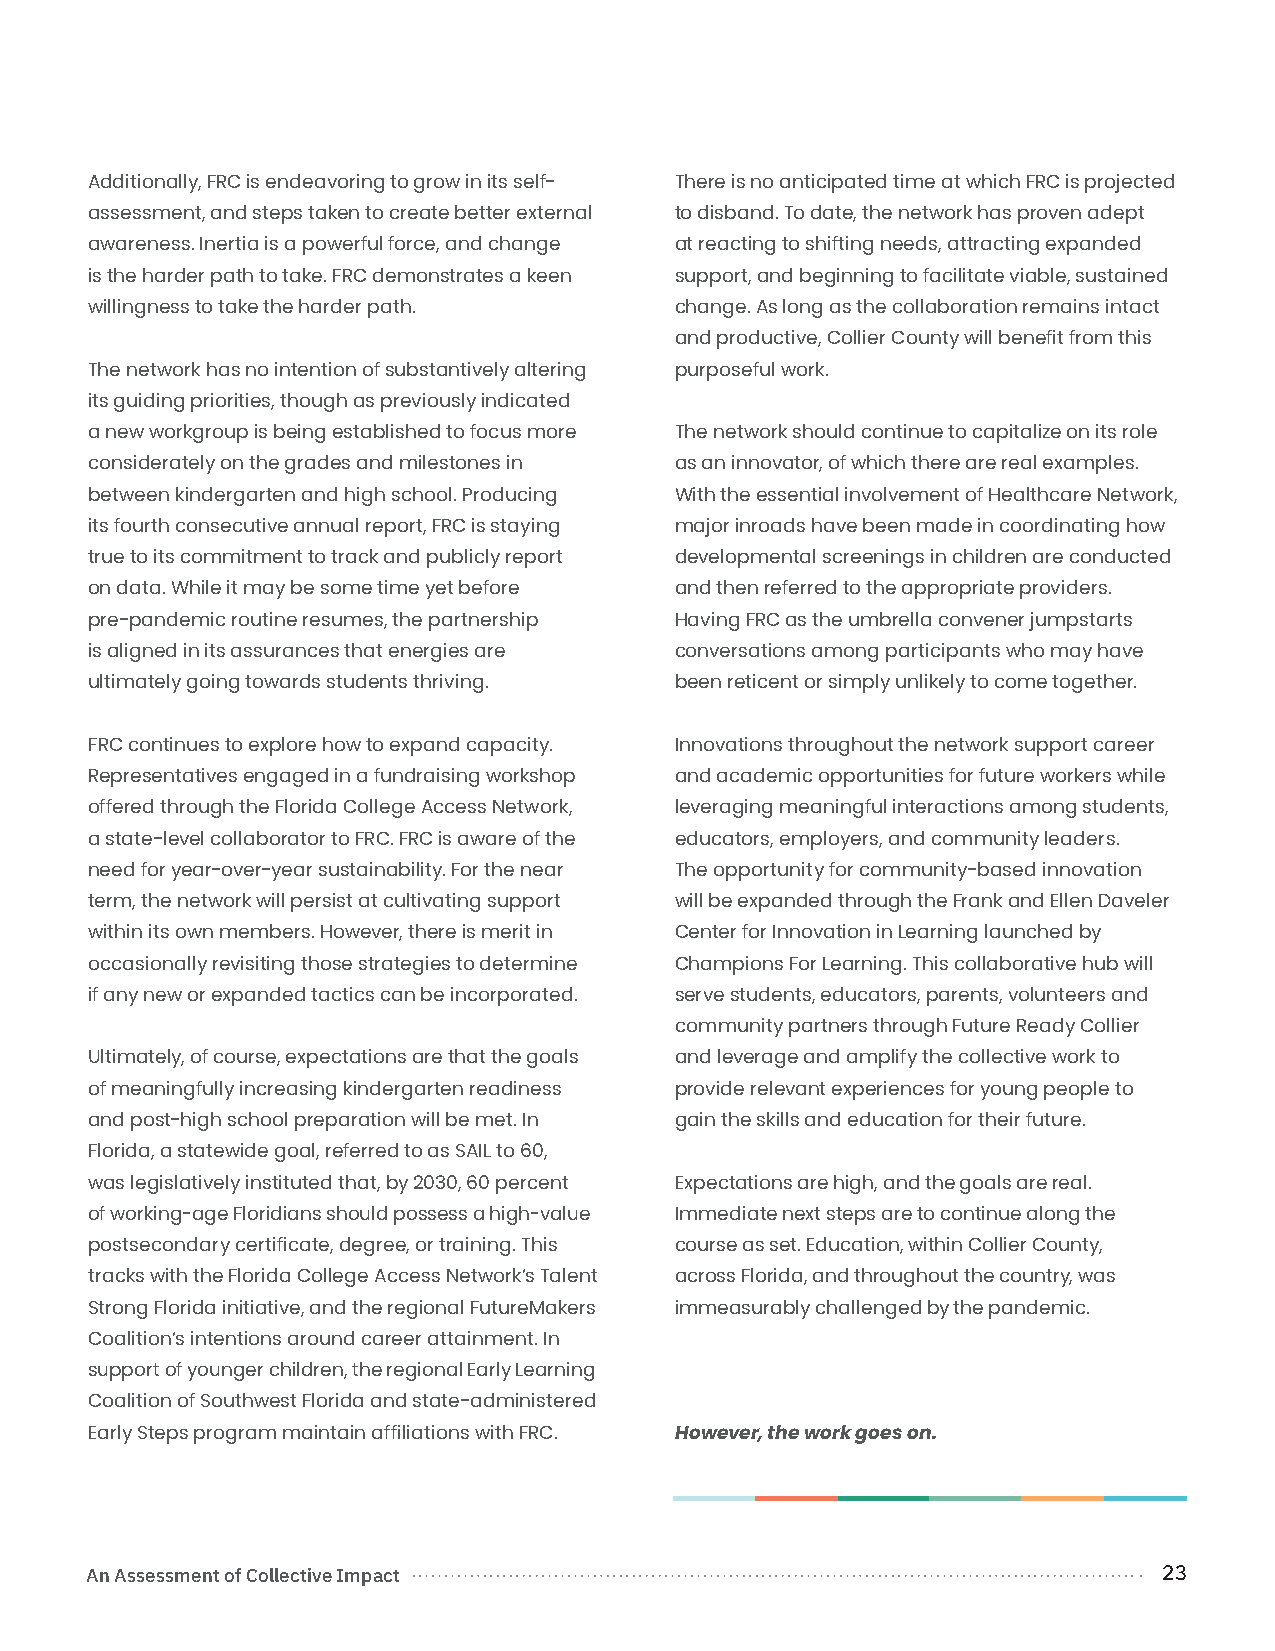
Additionally, FRC is endeavoring to grow in its self- There is no anticipated time at which FRC is projected
 assessment, and steps taken to create better external to disband. To date, the network has proven adept
 awareness. Inertia is a powerful force, and change at reacting to shifting needs, attracting expanded
 is the harder path to take. FRC demonstrates a keen support, and beginning to facilitate viable, sustained
 willingness to take the harder path.   change. As long as the collaboration remains intact
 and productive, Collier County will benefit from this
 The network has no intention of substantively altering purposeful work.
 its guiding priorities, though as previously indicated
 a new workgroup is being established to focus more The network should continue to capitalize on its role
 considerately on the grades and milestones in as an innovator, of which there are real examples.
 between kindergarten and high school. Producing With the essential involvement of Healthcare Network,
 its fourth consecutive annual report, FRC is staying major inroads have been made in coordinating how
 true to its commitment to track and publicly report developmental screenings in children are conducted
 on data. While it may be some time yet before and then referred to the appropriate providers.
 pre-pandemic routine resumes, the partnership Having FRC as the umbrella convener jumpstarts
 is aligned in its assurances that energies are conversations among participants who may have
 ultimately going towards students thriving. been reticent or simply unlikely to come together.
 FRC continues to explore how to expand capacity. Innovations throughout the network support career
 Representatives engaged in a fundraising workshop and academic opportunities for future workers while
 offered through the Florida College Access Network, leveraging meaningful interactions among students,
 a state-level collaborator to FRC. FRC is aware of the educators, employers, and community leaders.
 need for year-over-year sustainability. For the near The opportunity for community-based innovation
 term, the network will persist at cultivating support will be expanded through the Frank and Ellen Daveler
 within its own members. However, there is merit in Center for Innovation in Learning launched by
 occasionally revisiting those strategies to determine Champions For Learning. This collaborative hub will
 if any new or expanded tactics can be incorporated. serve students, educators, parents, volunteers and
 community partners through Future Ready Collier
 Ultimately, of course, expectations are that the goals and leverage and amplify the collective work to
 of meaningfully increasing kindergarten readiness provide relevant experiences for young people to
 and post-high school preparation will be met. In gain the skills and education for their future.
 Florida, a statewide goal, referred to as SAIL to 60,
 was legislatively instituted that, by 2030, 60 percent Expectations are high, and the goals are real.
 of working-age Floridians should possess a high-value Immediate next steps are to continue along the
 postsecondary certificate, degree, or training. This course as set. Education, within Collier County,
 tracks with the Florida College Access Network’s Talent across Florida, and throughout the country, was
 Strong Florida initiative, and the regional FutureMakers immeasurably challenged by the pandemic.
 Coalition’s intentions around career attainment. In
 support of younger children, the regional Early Learning
 Coalition of Southwest Florida and state-administered
 Early Steps program maintain affiliations with FRC. However, the work goes on.
 An Assessment of Collective Impact                                     23